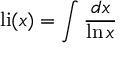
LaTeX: { \mathrm { l i } } ( x ) = \int { \frac { d x } { \ln x } }